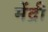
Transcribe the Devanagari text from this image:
मेंद्री